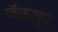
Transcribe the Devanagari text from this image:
जॅक़शन